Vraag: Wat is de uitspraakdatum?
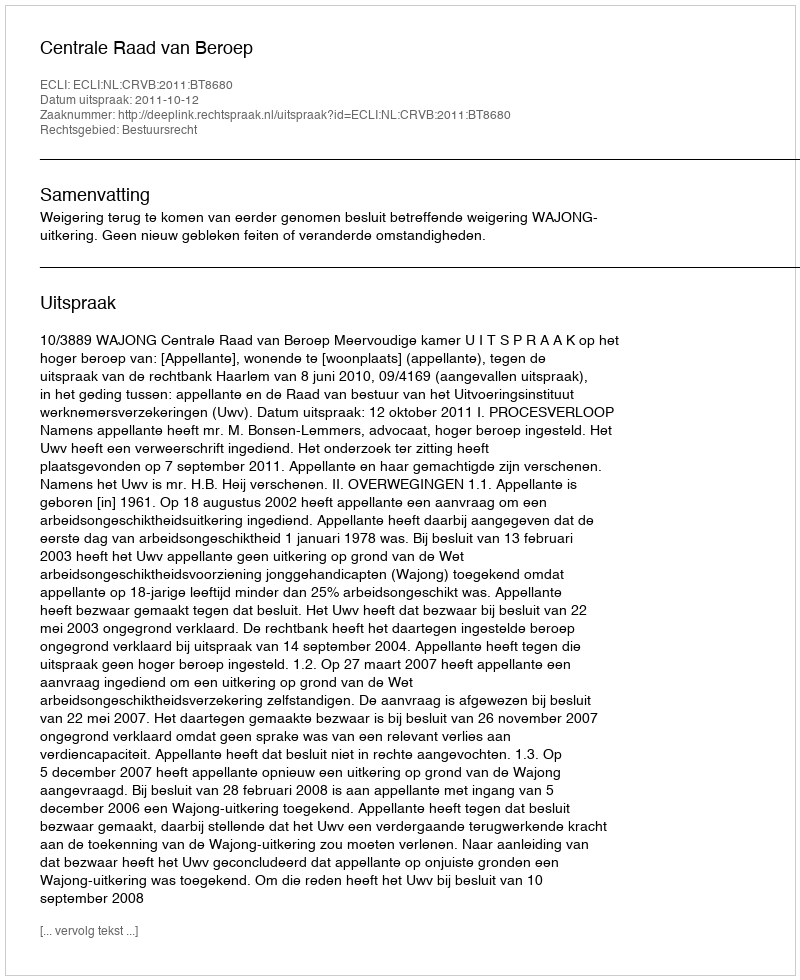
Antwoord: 2011-10-12